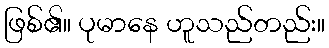
ဖြစ်၏။ ပုမာနေ ဟူသည်တည်း။